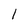
Character: 1